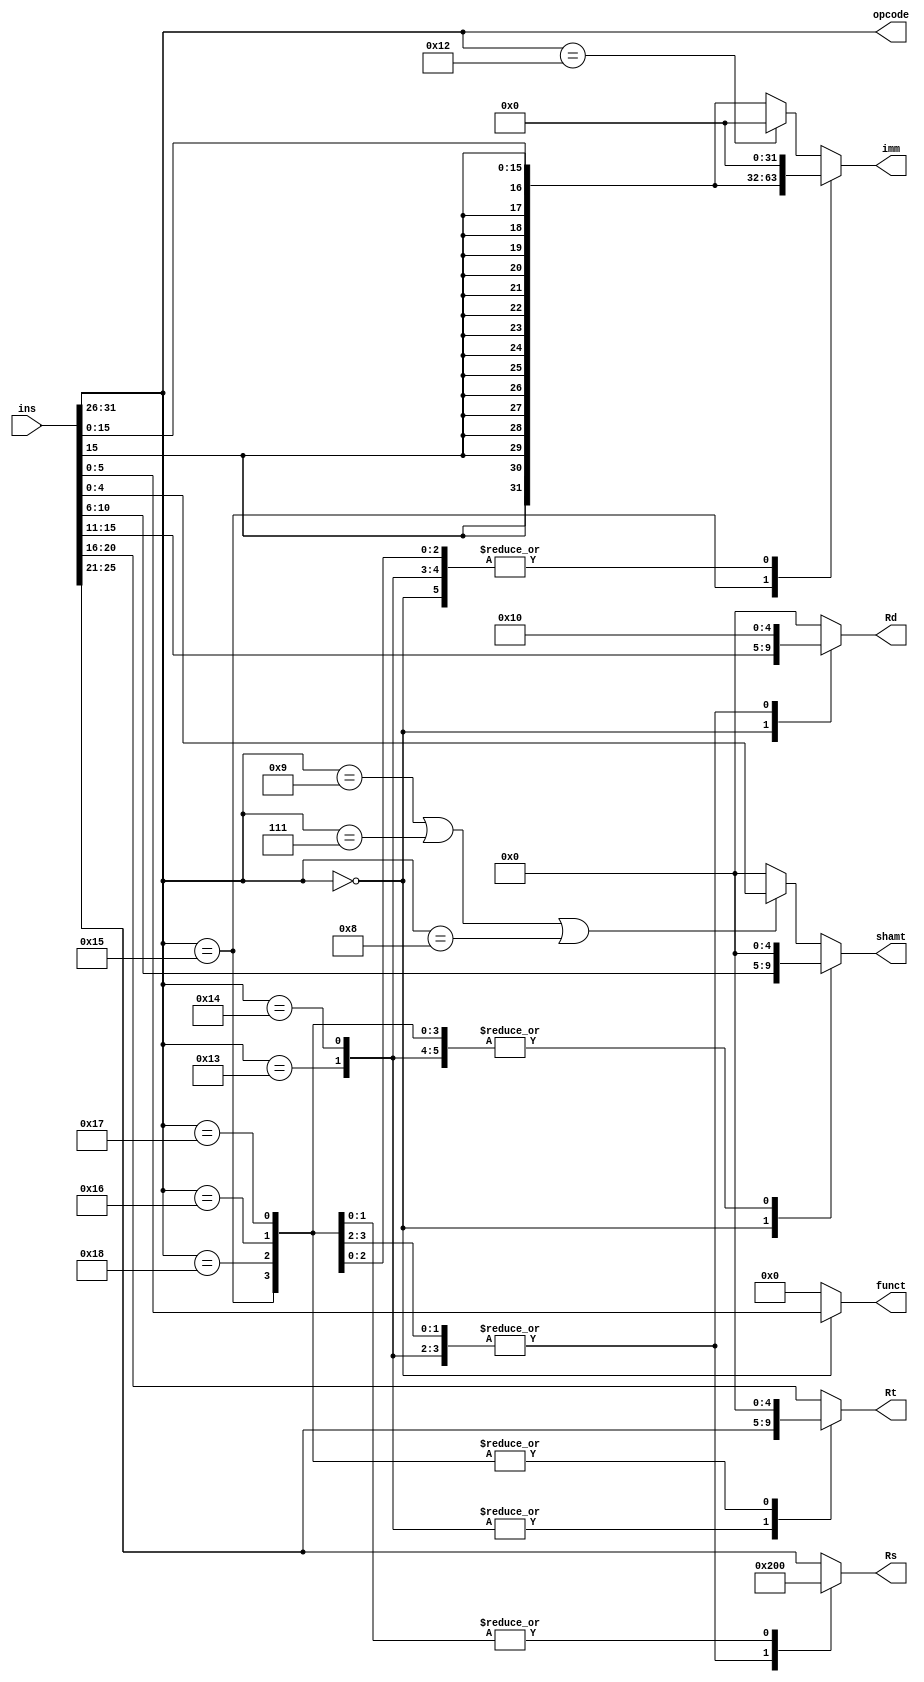
// Decoding the instruction into opcode, funct, Rs, Rt, Rd, shamt, imm

module instruction_decoder (ins,opcode,Rs,Rt,Rd,shamt,funct,imm);
    input [31:0] ins;
    output reg [5:0] opcode,funct;
    output reg [4:0] Rs,Rt,Rd,shamt;
    output reg [31:0] imm;

    parameter 
        R_TYPE = 6'b000000,

        ADDI =  6'b000001,
        SUBI =  6'b000010,
        ANDI =  6'b000011,
        ORI =   6'b000100,
        XORI = 6'b000101,
        NOTI = 6'b000110,
        SLAI = 6'b000111,
        SRLI = 6'b001000,
        SRAI = 6'b001001,

        BR =   6'b001010,
        BMI =  6'b001011,
        BPL =  6'b001100,
        BZ =   6'b001101,

        LD =  6'b001110,
        ST =  6'b001111,
        LDSP = 6'b010000,
        STSP = 6'b010001,

        MOVE = 6'b010010,

        PUSH = 6'b010011,
        POP = 6'b010100,
        CALL = 6'b010101, 

        HALT = 6'b010110,
        NOP = 6'b010111,
        RET = 6'b011000;

   always @(*)
        begin
            opcode <= ins[31:26];
            case(opcode)
                // R-type instructions - arithmetic operations
                R_TYPE: begin
                    Rs <= ins[25:21];
                    Rt <= ins[20:16];
                    Rd <= ins[15:11];
                    shamt <= ins[10:6];
                    funct <= ins[5:0];
                    imm <= 0;
                end

                // PUSH (instruction of type PUSH Rt)
                // Rs will be used to get SP in this case. also writing to SP will be required so Rd will also be SP
                PUSH: begin
                    Rs <= 16;
                    Rt <= ins[25:21];
                    Rd <= 16;
                    shamt <= 0;
                    funct <= 0;
                    imm <= 0; // not used
                end

                // POP (instruction of type POP Rt)
                // Rs will be used to get SP in this case. also writing to SP will be required so Rd will also be SP
                POP: begin
                    Rs <= 16;
                    Rt <= ins[25:21];
                    Rd <= 16;
                    shamt <= 0;
                    funct <= 0;
                    imm <= 0; // not used
                end

                // CALL (instruction of type CALL imm)
                // Rs will be used to get SP in this case. also writing to SP will be required so Rd will also be SP
                CALL: begin
                    Rs <= 16;
                    Rt <= 0;
                    Rd <= 16;
                    shamt <= 0;
                    funct <= 0;
                    imm <= { {16{ins[15]}} , ins[15:0]};
                end

                // RET
                // Rs will be used to get SP in this case. also writing to SP will be required so Rd will also be SP
                RET: begin
                    Rs <= 16;
                    Rt <= 0;
                    Rd <= 16;
                    shamt <= 0;
                    funct <= 0;
                    imm <= 0;
                end

                // HALT
                HALT: begin
                    Rs <= 0;
                    Rt <= 0;
                    Rd <= 0;
                    shamt <= 0;
                    funct <= 0;
                    imm <= 0;
                end

                // NOP
                NOP: begin
                    Rs <= 0;
                    Rt <= 0;
                    Rd <= 0;
                    shamt <= 0;
                    funct <= 0;
                    imm <= 0;
                end
                


                // other I-type instructions 
                default: begin
                    Rs <= ins[25:21];
                    Rt <= ins[20:16];
                    Rd <= 0;
                    // in case of shift operations, shamt is the "imm" field
                    if (opcode == SRAI || opcode == SLAI || opcode == SRLI) shamt <= ins[4:0];
                    else shamt <= 0;
                    funct <= 0;
                    if (opcode == MOVE) imm <= 0; // implementing MOVE as ADDI with Imm = 0
                    else imm <= { {16{ins[15]}} , ins[15:0]};
                end
                
            endcase
        end
endmodule